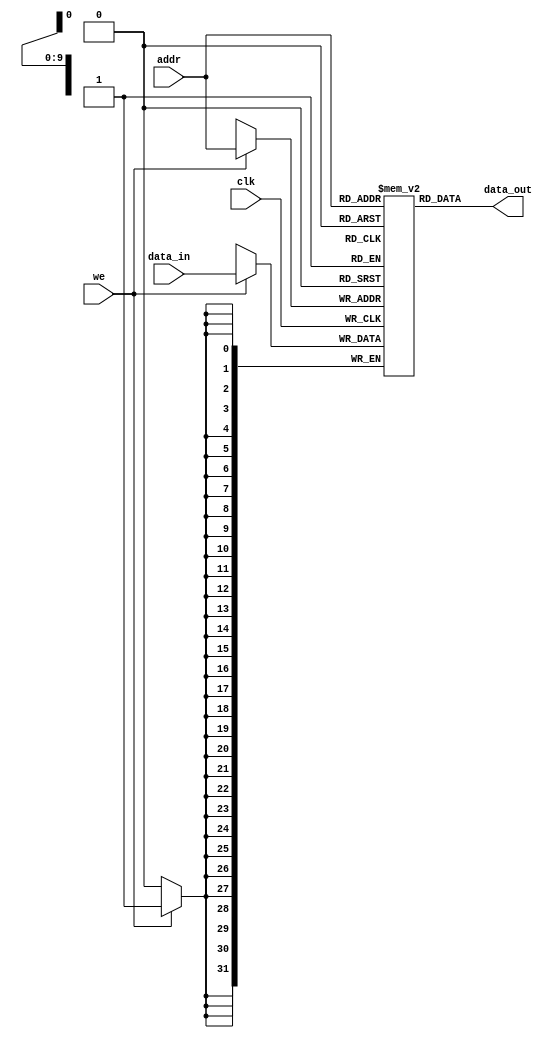
`timescale 1ns / 1ps
//////////////////////////////////////////////////////////////////////////////////
// Company: 
// Engineer: 
// 
// Design Name: 
// Module Name: ram
// Project Name: 
// Target Devices: 
// Tool Versions: 
// Description: 
// 
// Dependencies: 
// 
// Revision:
// Revision 0.01 - File Created
// Additional Comments:
// 
//////////////////////////////////////////////////////////////////////////////////


module ram(
    input clk,
    input [9:0] addr,
    input [31:0] data_in,
    input we,
    output [31:0] data_out);

    reg [31:0] bit_array[1023:0];

    always @(posedge clk) begin
        if (we) begin
            bit_array[addr] <= data_in;
        end
    end
    assign data_out = bit_array[addr];
endmodule